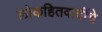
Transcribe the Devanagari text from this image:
लोकहितवादींचे